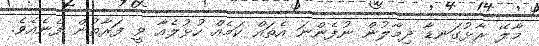
މާލޭ ރާޅުގަނޑާ ދިމާލުން ނުފެންނަ އެތައް ކަމެއް ހުޅުލެއާ ވީ ފަރާތުން ފެނެއެވެ.